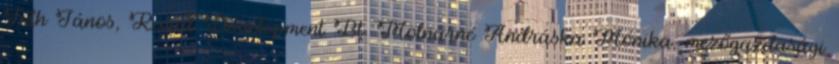
Tóth János, Rural Development Bt. Molnárné Andráska Mónika, mezőgazdasági